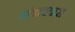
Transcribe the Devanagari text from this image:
थांबावयास